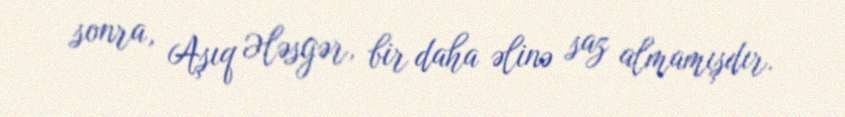
sonra, Aşıq Ələsgər, bir daha əlinə saz almamışdır.